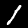
Digit: 1